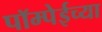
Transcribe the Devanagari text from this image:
पॉम्पेईच्या